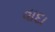
વાદા